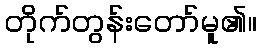
တိုက်တွန်းတော်မူ၏။